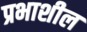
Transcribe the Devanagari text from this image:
प्रभाशील